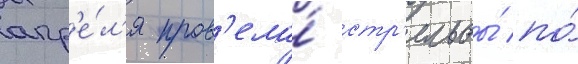
апр'е́л'я пров'ела́ стр'ельбы́ по́